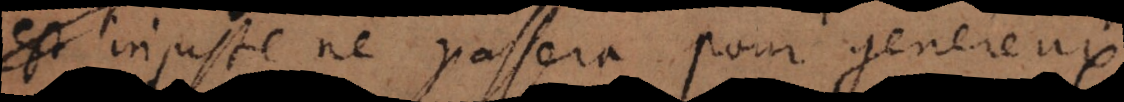
injuste ne passera pour genereux.